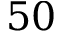
5 0